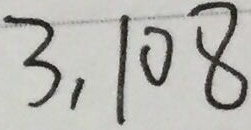
3 , 1 0 8